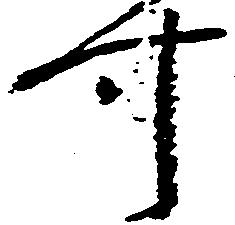
可